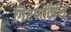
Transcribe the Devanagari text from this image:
गिरणीतील